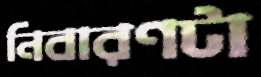
নিবারণটা